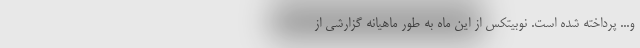
و... پرداخته شده است. نوبیتکس از این ماه به طور ماهیانه گزارشی از